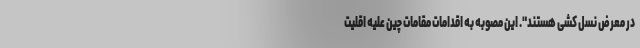
در معرض نسل کشی هستند". این مصوبه به اقدامات مقامات چین علیه اقلیت